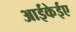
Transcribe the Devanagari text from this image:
आईकेईए